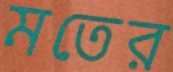
মতের